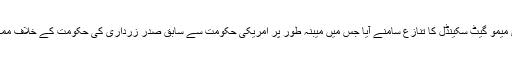
آئی ایس آئی کے سابق سربراہ جرنل احمد شجاع پاشا کے دور میں میمو گیٹ سکینڈل کا تنازع سامنے آیا جس میں میبنہ طور پر امریکی حکومت سے سابق صدر زرداری کی حکومت کے خلاف ممکنہ فوجی بغاوت کی صورت میں مدد کی درخواست کی گئی تھی۔